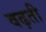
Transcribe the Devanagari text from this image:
वढ़ती